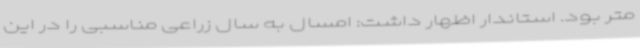
متر بود. استاندار اظهار داشت: امسال به سال زراعی مناسبی را در این